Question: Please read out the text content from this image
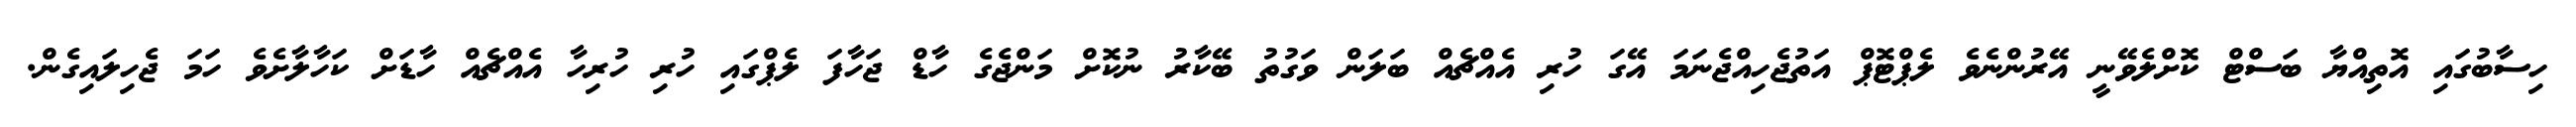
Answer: ހިސާބުގައި އޮތިއްޔާ ބަސްޓް ކޮށްލެވޭނީ އޭރުންނެވެ ލެޕްޓޮޕް އަތުޖެހިއްޖެނަމަ އޭގަ ހުރި އެއްޗެއް ބަލަން ވަގުތު ބޭކާރު ނުކޮށް މަންޖެގެ ހާޑް ޖަހާފަ ލެޕްގައި ހުރި ހުރިހާ އެއްޗެއް ހާޑަށް ކަހާލާށެވެ ހަމަ ޖެހިލައިގެން.